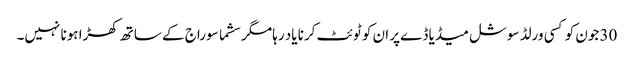
30 جون کو کسی ورلڈ سوشل میڈیا ڈےپر ان کو ٹوئٹ کرنا یاد رہا مگر سشما سوراج کے ساتھ کھڑا ہونا نہیں۔